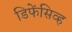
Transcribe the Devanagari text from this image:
डिफेंसिव्ह